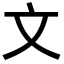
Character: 文